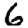
Digit: 6